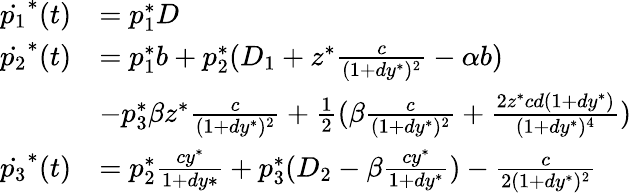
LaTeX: \begin{array}{rl}{\dot{p_{1}}^{*}(t)}&{=p_{1}^{*}D}\\ {\dot{p_{2}}^{*}(t)}&{=p_{1}^{*}b+p_{2}^{*}(D_{1}+z^{*}\frac{c}{(1+dy^{*})^{2}}-\alpha b)}\\ &{-p_{3}^{*}\beta z^{*}\frac{c}{(1+dy^{*})^{2}}+\frac{1}{2}(\beta\frac{c}{(1+dy^{*})^{2}}+\frac{2z^{*}cd(1+dy^{*})}{(1+dy^{*})^{4}})}\\ {\dot{p_{3}}^{*}(t)}&{=p_{2}^{*}\frac{cy^{*}}{1+dy{*}}+p_{3}^{*}(D_{2}-\beta\frac{cy^{*}}{1+dy^{*}})-\frac{c}{2(1+dy^{*})^{2}}}\end{array}